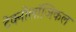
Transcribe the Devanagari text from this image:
टेक्नोलॉजिकल